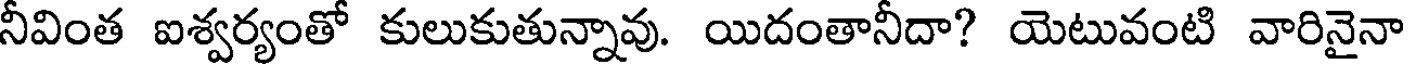
నీవింత ఐశ్వర్యంతో కులుకుతున్నావు. యిదంతానీదా? యెటువంటి వారినైనా